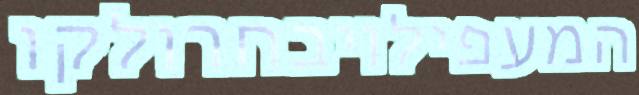
המעפילויבחרולקו